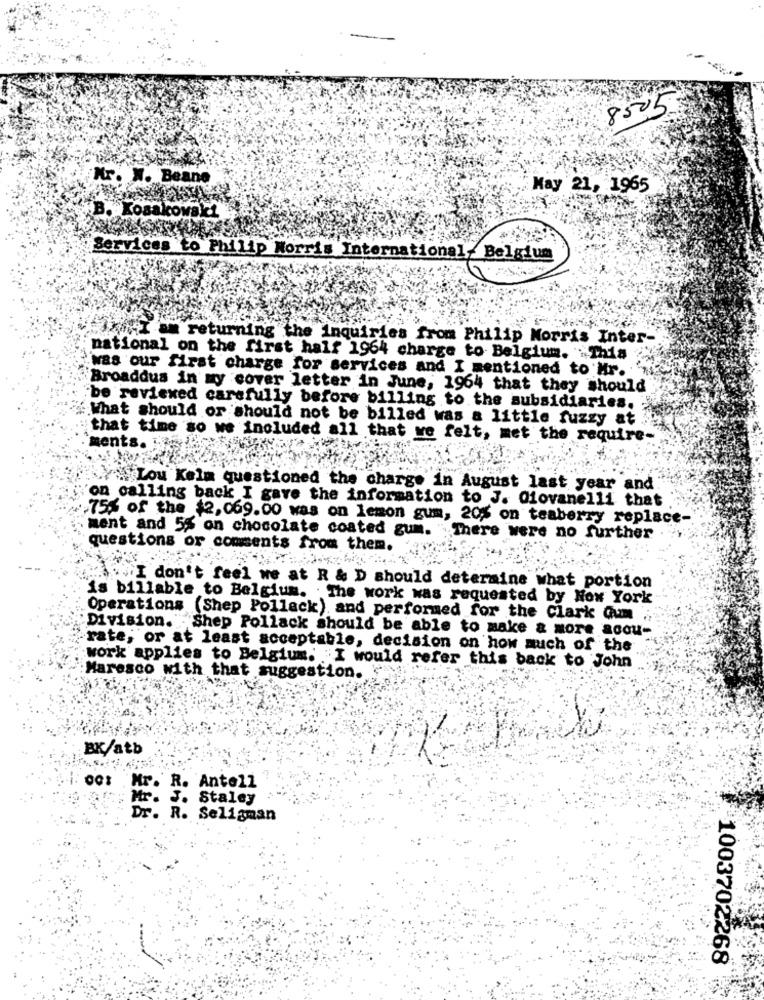
8505
Mr. W. Beane
May 21, 1965
B. Kosakowski
Services to Philip Morris International,Belgium
1hi, I am returning the Inquiries from Philip Morris Inter-
national on the first half 1964 charge to Belgium. . This
was our first charge for services and I mentioned to Mr.
Broaddus in my cover letter in June, 1964 that they should
be reviewed carefully before billing to the subsidiaries.
What should or should not be billed was a little fuzzy at
ments.
that time so we included all that we felt, met the require-
Lou Keim questioned the charge in August last year and
on calling back I gave the information to J. Giovanelli that
75% of the $2,069.00 was on lemon gum, 20% on teaberry replace-
ment and 55 on chocolate coated gum. There were no further
questions or comments from them.
I don't feel we at R & D should determine what portion
is billable to Belgium. . The work was requested by Now York
Operations (Shep Pollack) and performed for the Clark Gum ;
Division. Shep Pollack should be able to make & more acou-
rate, or at least acceptable, decision on how much of the
work applies to Belgium. I would refer this back to John
Maresco with that suggestion.
BK/atb
00: Mr. R. Antell
Mr. J. Staley
Dr. R. Seligman
1003702268